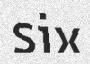
six